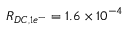
R _ { D C , 1 e ^ { - } } = 1 . 6 \times 1 0 ^ { - 4 }